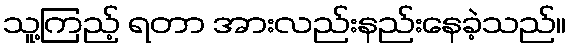
သူ့ကြည့် ရတာ အားလည်းနည်းနေခဲ့သည်။